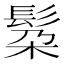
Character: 𮫄